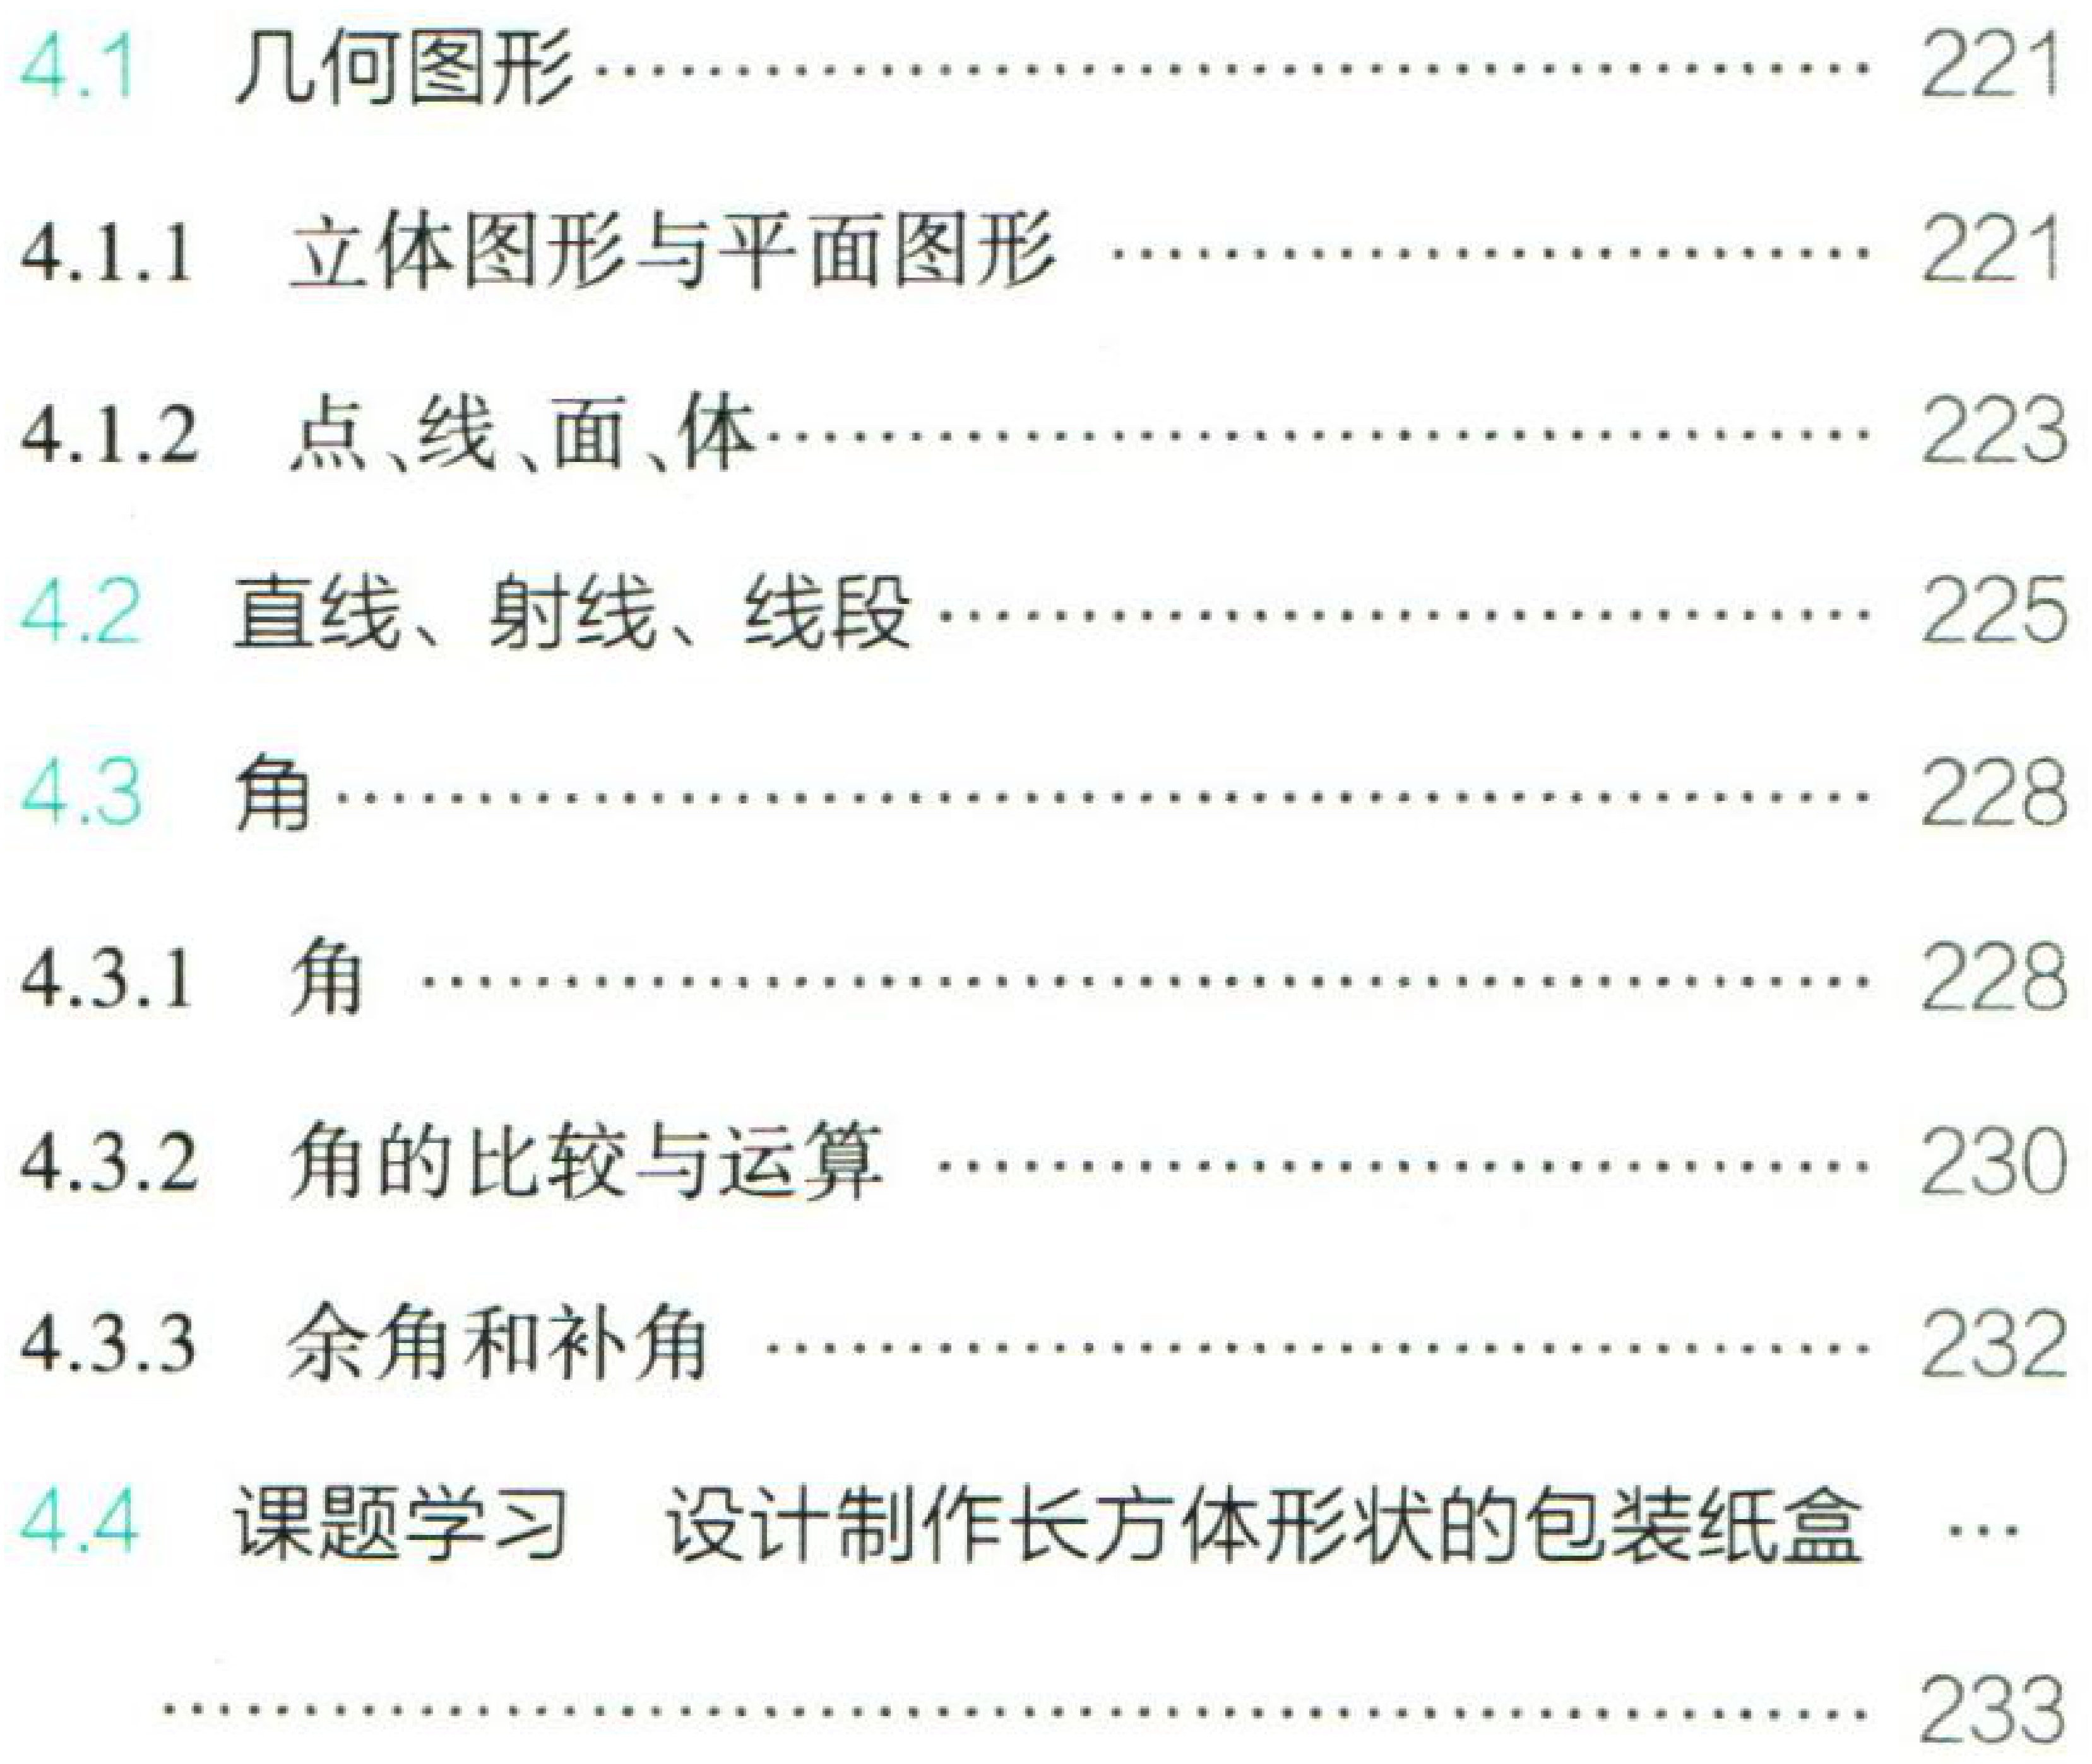
\begin{enumerate}

\item 4.1 几何图形\hfill 221

\begin{enumerate}

\item 4.1.1 立体图形与平面图形 \hfill 221

\item 4.1.2 点、线、面、体\hfill 223

\end{enumerate}

\item 4.2 直线、射线、线段\hfill 225

\item 4.3 角\hfill 228

\begin{enumerate}

\item 4.3.1 角 \hfill 228

\item 4.3.2 角的比较与运算 \hfill 230

\item 4.3.3 余角和补角 \hfill 232

\end{enumerate}

\item 4.4 课题学习 设计制作长方体形状的包装纸盒 \hfill 233

\end{enumerate}